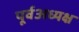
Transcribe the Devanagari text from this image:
पूर्वअध्यक्ष